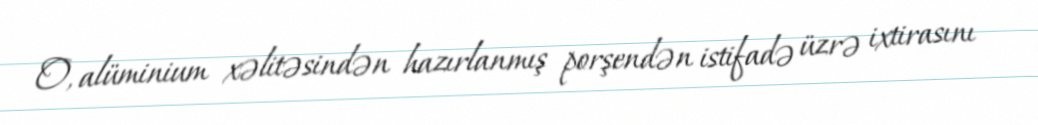
O, alüminium xəlitəsindən hazırlanmış porşendən istifadə üzrə ixtirasını